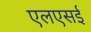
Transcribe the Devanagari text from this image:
एलएसई